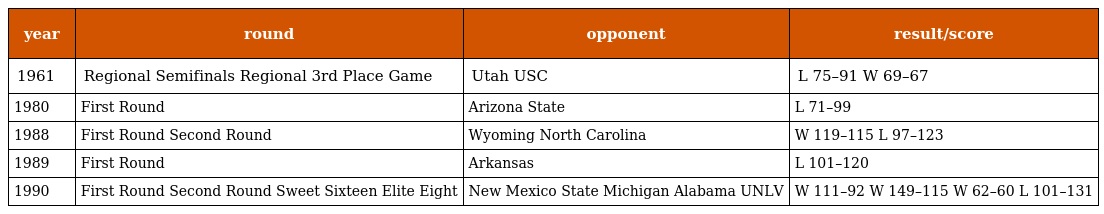
| year | round | opponent | result/score |
 | --- | --- | --- | --- |
 | 1961 | Regional Semifinals Regional 3rd Place Game | Utah USC | L 75–91 W 69–67 |
 | 1980 | First Round | Arizona State | L 71–99 |
 | 1988 | First Round Second Round | Wyoming North Carolina | W 119–115 L 97–123 |
 | 1989 | First Round | Arkansas | L 101–120 |
 | 1990 | First Round Second Round Sweet Sixteen Elite Eight | New Mexico State Michigan Alabama UNLV | W 111–92 W 149–115 W 62–60 L 101–131 |